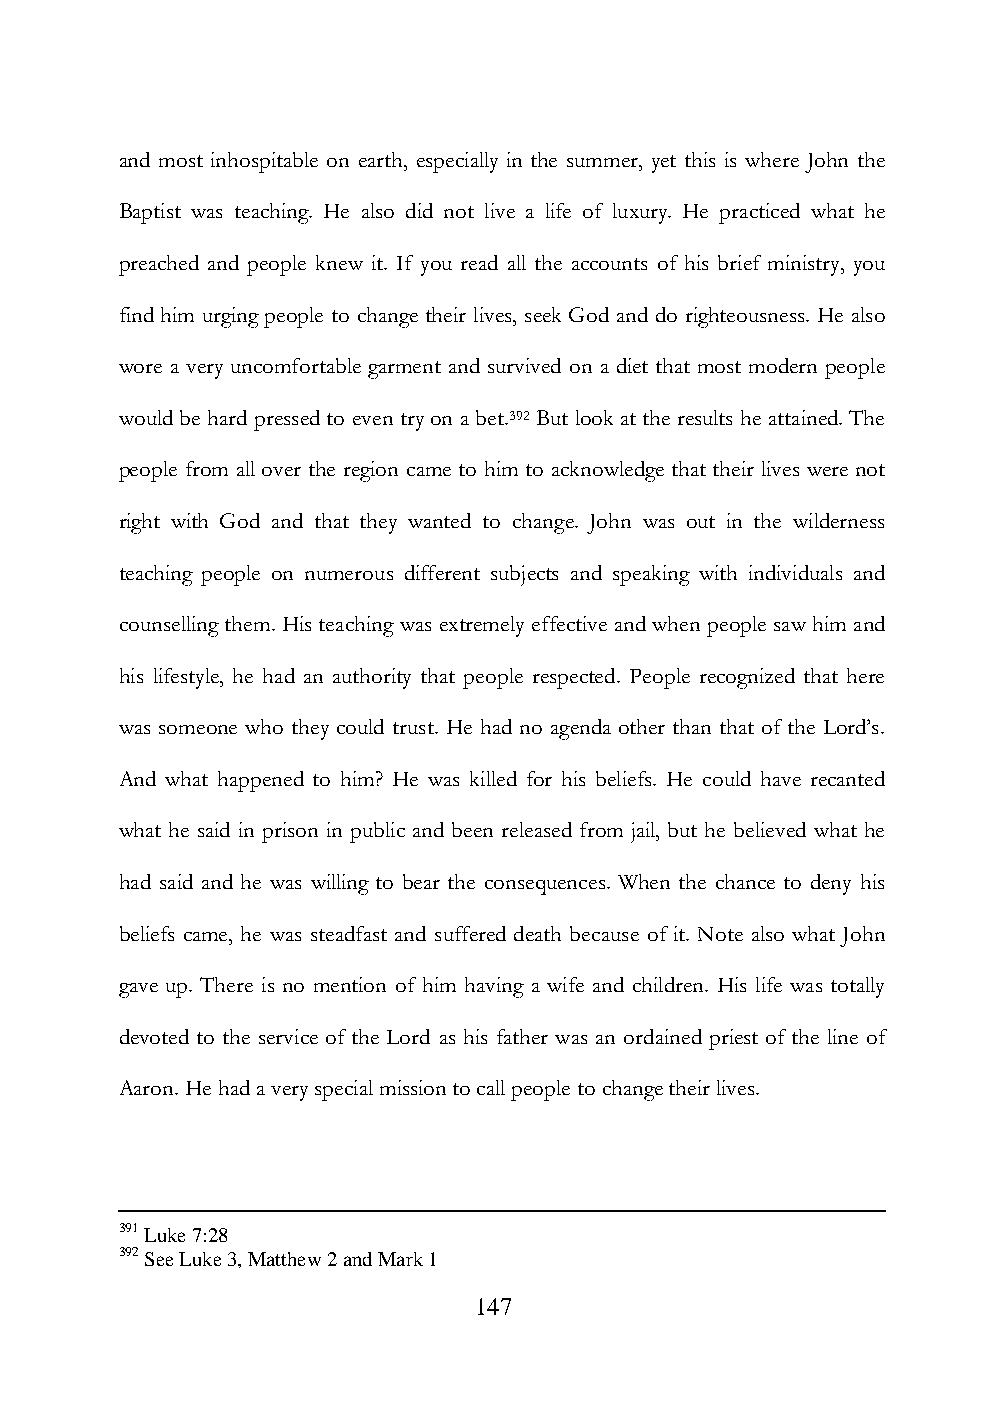
and most inhospitable on earth, especially in the summer, yet this is where John the
 Baptist was teaching. He also did not live a life of luxury. He practiced what he
 preached and people knew it. If you read all the accounts of his brief ministry, you
 find him urging people to change their lives, seek God and do righteousness. He also
 wore a very uncomfortable garment and survived on a diet that most modern people
 would be hard pressed to even try on a bet.392 But look at the results he attained. The
 people from all over the region came to him to acknowledge that their lives were not
 right with God and that they wanted to change. John was out in the wilderness
 teaching people on numerous different subjects and speaking with individuals and
 counselling them. His teaching was extremely effective and when people saw him and
 his lifestyle, he had an authority that people respected. People recognized that here
 was someone who they could trust. He had no agenda other than that of the Lord‟s.
 And what happened to him? He was killed for his beliefs. He could have recanted
 what he said in prison in public and been released from jail, but he believed what he
 had said and he was willing to bear the consequences. When the chance to deny his
 beliefs came, he was steadfast and suffered death because of it. Note also what John
 gave up. There is no mention of him having a wife and children. His life was totally
 devoted to the service of the Lord as his father was an ordained priest of the line of
 Aaron. He had a very special mission to call people to change their lives.
 391 Luke 7:28
 392 See Luke 3, Matthew 2 and Mark 1
 147